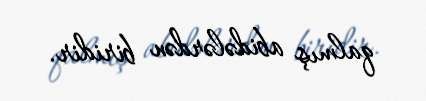
qalmış abidələrdən biridir.